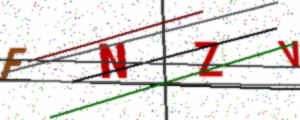
Text: FNZV